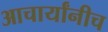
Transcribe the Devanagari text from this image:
आचार्यांनीच